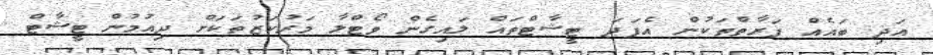
އަދި ބައެއް ފަރާތްތަކުން އެފަދަ ޓީޝާޓްތައް ލައިގެން ވޯޓްލާ މަރުކަޒުތަކަށް ދިއުމުން ޓީޝާޓް